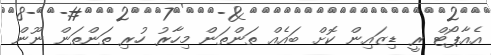
އެއާޕޯޓް ރީ ޑިޒައިން ކޮށް ބައެއް ތަންތަން މިހާރު ހުރި ތަންތަން ނޫން